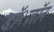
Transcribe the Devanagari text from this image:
डॉ॰जॉन